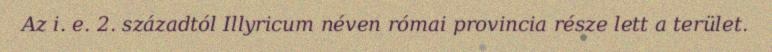
Az i. e. 2. századtól Illyricum néven római provincia része lett a terület.